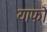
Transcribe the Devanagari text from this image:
याफो